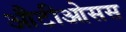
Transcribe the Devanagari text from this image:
औटीओसस